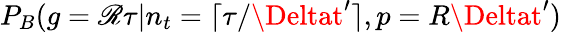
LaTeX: P_{B}(g=\mathscr{R}\tau|n_{t}=\lceil\tau/\Deltat^{\prime}\rceil,p=R\Deltat^{\prime})